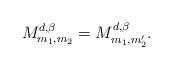
LaTeX: \begin{align*}M_{m_{1},m_{2}}^{ d,\beta}=M_{m_{1},m_{2}'}^{ d,\beta}.\end{align*}